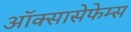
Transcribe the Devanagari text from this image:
ऑक्सासेफेम्स